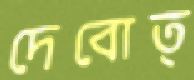
দেবোত্